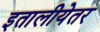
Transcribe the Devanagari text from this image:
इतालीयेतर